Annual report on the Civil Veterinary Department, Burma (including the Insein Veterinary School) - 1910-1922
Year: 1910
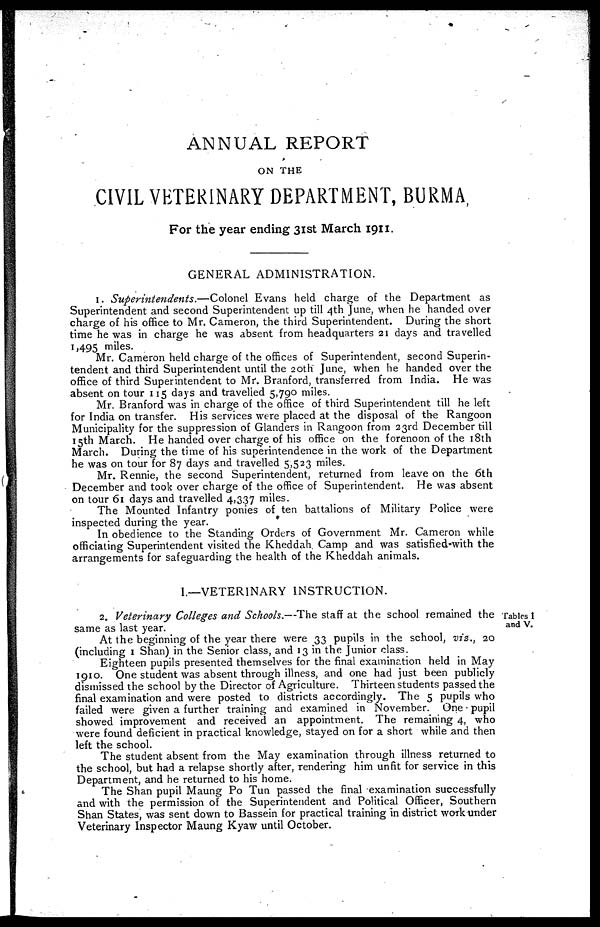
ANNUAL REPORT
ON THE
CIVIL VETERINARY DEPARTMENT, BURMA,
For the year ending 31st March 1911.
GENERAL ADMINISTRATION.
1. Superintendents.—Colonel
Evans held charge of the Department as
Superintendent and second Superintendent up till 4th June, when he handed over
charge of his office to Mr. Cameron, the third Superintendent. During the short
time he was in charge he was absent from headquarters 21 days and travelled
1,495 miles.
Mr. Cameron held charge of the offices of Superintendent, second Superin-
tendent and third Superintendent until the 20th June, when he handed over the
office of third Superintendent to Mr. Branford, transferred from India. He was
absent on tour 115 days and travelled 5,790 miles.
Mr. Branford was in charge of the office of third Superintendent till he left
for India on transfer. His services were placed at the disposal of the Rangoon
Municipality for the suppression of Glanders in Rangoon from 23rd December till
15th March. He handed over charge of his office on the forenoon of the 18th
March. During the time of his superintendence in the work of the Department
he was on tour for 87 days and travelled 5,523 miles.
Mr. Rennie, the second Superintendent, returned from leave on the 6th
December and took over charge of the office of Superintendent. He was absent
on tour 61 days and travelled 4,337 miles.
The Mounted Infantry ponies of ten battalions of Military Police were
inspected during the year.
In obedience to the Standing Orders of Government Mr. Cameron while
officiating Superintendent visited the Kheddah. Camp and was satisfied with the
arrangements for safeguarding the health of the Kheddah animals.
I.—VETERINARY INSTRUCTION.
Tables 1
and V.
2. Veterinary Colleges and Schools.—The staff at the school remained the
same as last year.
At the beginning of the year there were 33 pupils in the school, viz., 20
(including 1 Shan) in the Senior class, and 13 in the Junior class.
Eighteen pupils presented themselves for the final examination held in May
1910.
One student was absent through illness, and one had just been publicly
dismissed the school by the Director of Agriculture. Thirteen students passed the
final examination and were posted to districts accordingly. The 5 pupils who
failed were given a further training and examined in November. One pupil
showed improvement and received an appointment. The remaining 4, who
were found deficient in practical knowledge, stayed on for a short while and then
left the school.
The student absent from the May examination through illness returned to
the school, but had a relapse shortly after, rendering him unfit for service in this
Department, and he returned to his home.
The Shan pupil Maung Po Tun passed the final examination successfully
and with the permission of the Superintendent and Political Officer, Southern
Shan States, was sent down to Bassein for practical training in district work under
Veterinary Inspector Maung Kyaw until October.